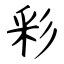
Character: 彩